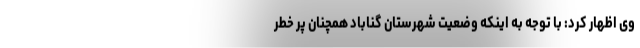
وی اظهار کرد: با توجه به اینکه وضعیت شهرستان گناباد همچنان پر خطر